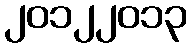
၂၀၁၂၂၀၁၃